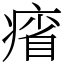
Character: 㾪